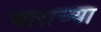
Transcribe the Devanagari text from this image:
वाराच्या